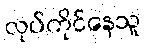
လုပ်ကိုင်နေသူ